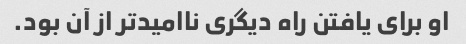
او برای یافتن راه دیگری ناامیدتر از آن بود.